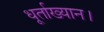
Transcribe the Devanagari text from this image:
धूर्ताख्यान।